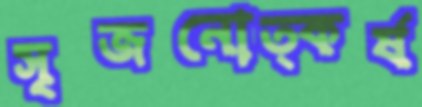
সৃজনোত্কর্ষ